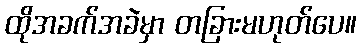
ထိုအခက်အခဲမှာ တခြားမဟုတ်ပေ။